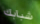
شبابك